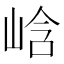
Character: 㟏